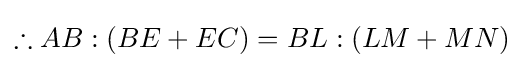
\therefore AB:(BE+EC)=BL:(LM+MN)